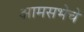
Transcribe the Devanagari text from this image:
आमसभेचे